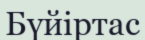
Бүйіртас